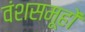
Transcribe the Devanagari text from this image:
वंशसमूहों